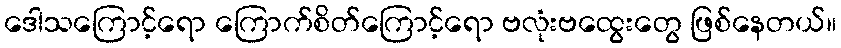
ဒေါသကြောင့်ရော ကြောက်စိတ်ကြောင့်ရော ဗလုံးဗထွေးတွေ ဖြစ်နေတယ်။